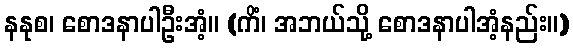
နနုစ၊ စောဒနာပါဦးအံ့။ (ကိံ၊ အဘယ်သို့ စောဒနာပါအံ့နည်း။)